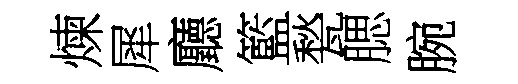
煉犀廳籃甃腮腕